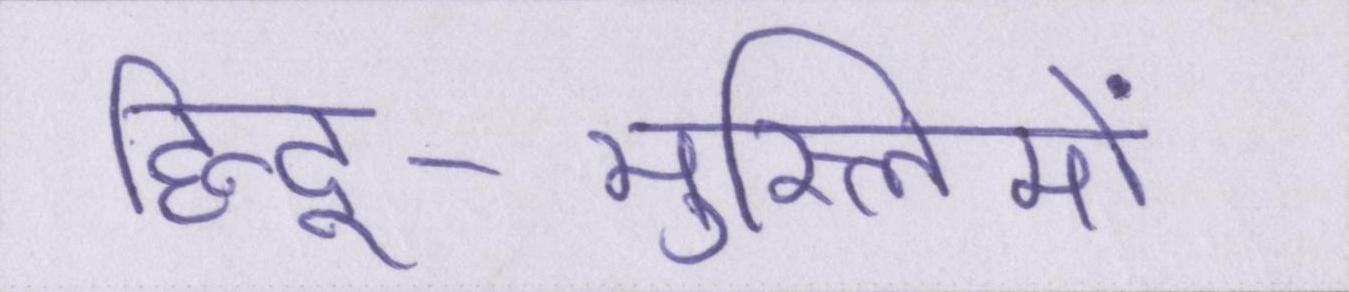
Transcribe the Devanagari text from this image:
हिन्दू-मुस्लिमों